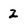
Character: 2